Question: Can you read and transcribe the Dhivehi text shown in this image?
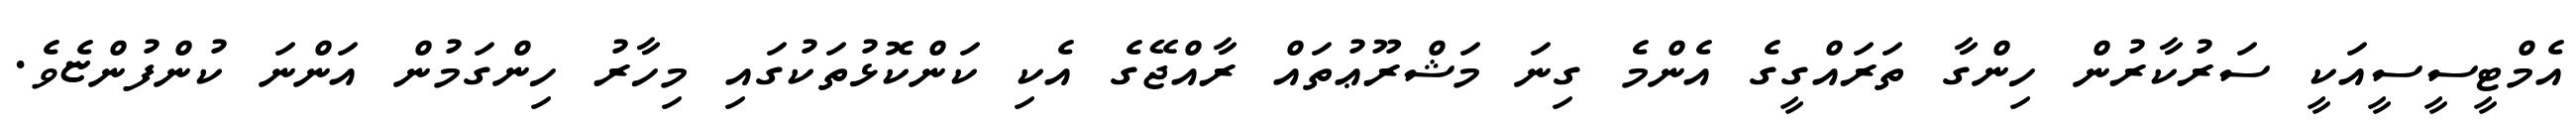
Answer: އެމްޓީސީސީއަކީ ސަރުކާރުން ހިންގާ ތަރައްގީގެ އެންމެ ގިނަ މަޝްރޫޢުތައް ރާއްޖޭގެ އެކި ކަންކޮޅުތަކުގައި މިހާރު ހިންގަމުން އަންނަ ކުންފުންޏެވެ.